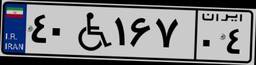
۴۰W۱۶۷۰۴